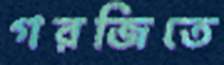
গরজিতে